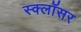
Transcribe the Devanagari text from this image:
स्क्लॉसर